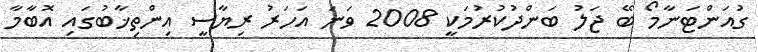
ގުއަންޓަނާމޯ ބޭ ޖަލު ބަންދުކުރުމަކީ 2008 ވަނަ އަހަރު ރިޔާސީ އިންތިޚާބުގައި އޮބާމާ